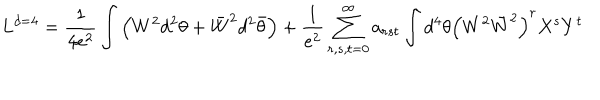
LaTeX: L ^ { d = 4 } = \frac { 1 } { 4 e ^ { 2 } } \int \left( W ^ { 2 } d ^ { 2 } \theta + \bar { W } ^ { 2 } d ^ { 2 } \bar { \theta } \right) + \frac { 1 } { e ^ { 2 } } \sum _ { r , s , t = 0 } ^ { \infty } a _ { r s t } \int d ^ { 4 } \theta \left( W ^ { 2 } \bar { W } ^ { 2 } \right) ^ { r } X ^ { s } Y ^ { t }